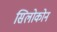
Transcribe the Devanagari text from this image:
सिलोकोन